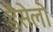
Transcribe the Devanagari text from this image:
डैसेलो